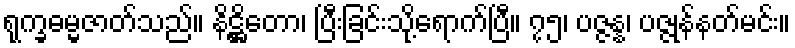
ရုက္ခဓမ္မဇာတ်သည်။ နိဋ္ဌိတော၊ ပြီးခြင်းသို့ရောက်ပြီ။ ၇၅၊ ပဇ္ဇန္န၊ ပဇ္ဇုန်နတ်မင်း။